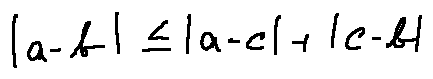
| a - b | \leq | a - c | + | c - b |